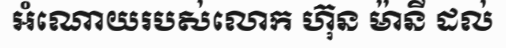
អំណោយរបស់លោក ហ៊ុន ម៉ានី ដល់